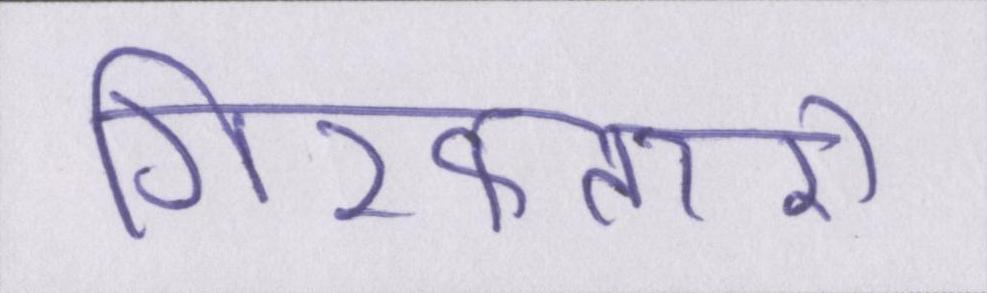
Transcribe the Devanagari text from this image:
गिरफ्तारी